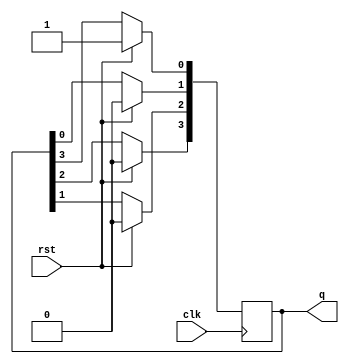
`timescale 1ns / 1ps
//////////////////////////////////////////////////////////////////////////////////
// Company: 
// Engineer: 
// 
// Design Name: 
// Module Name: ring_counter
// Project Name: 
// Target Devices: 
// Tool Versions: 
// Description: 
// 
// Dependencies: 
// 
// Revision:
// Revision 0.01 - File Created
// Additional Comments:
// 
//////////////////////////////////////////////////////////////////////////////////


module ring_counter(
    input clk,
    input rst,
    output reg [3:0] q
    ); 
   
     always @(posedge clk)
     begin
          if(rst==1)
             
              q <= 4'b0001;
             
           else
               begin
                   q[0]<=q[3];
                   q[1]<=q[0];
                   q[2]<=q[1];
                   q[3]<=q[2];
               end
    end
endmodule